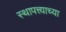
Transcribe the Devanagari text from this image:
स्थापत्त्याच्या